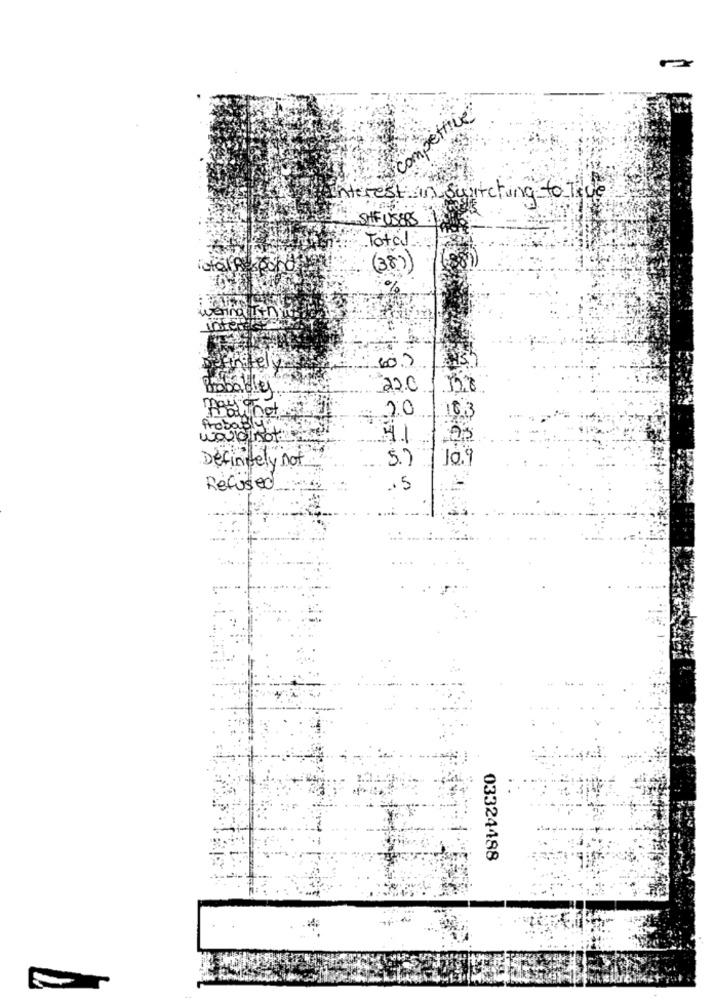
compettive
interest in switching to Tive
SHEUSERS
Total
(38)
60.7
22.0
may-
not
20
10,3
Proba
wouldnot
41
Definitely not
5.)
10.9
Refused
.5
03324488